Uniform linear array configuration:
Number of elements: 48
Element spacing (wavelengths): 0.5
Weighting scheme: exponential
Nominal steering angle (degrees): -45
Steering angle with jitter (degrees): -45.573
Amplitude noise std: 0.05
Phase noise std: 0.05

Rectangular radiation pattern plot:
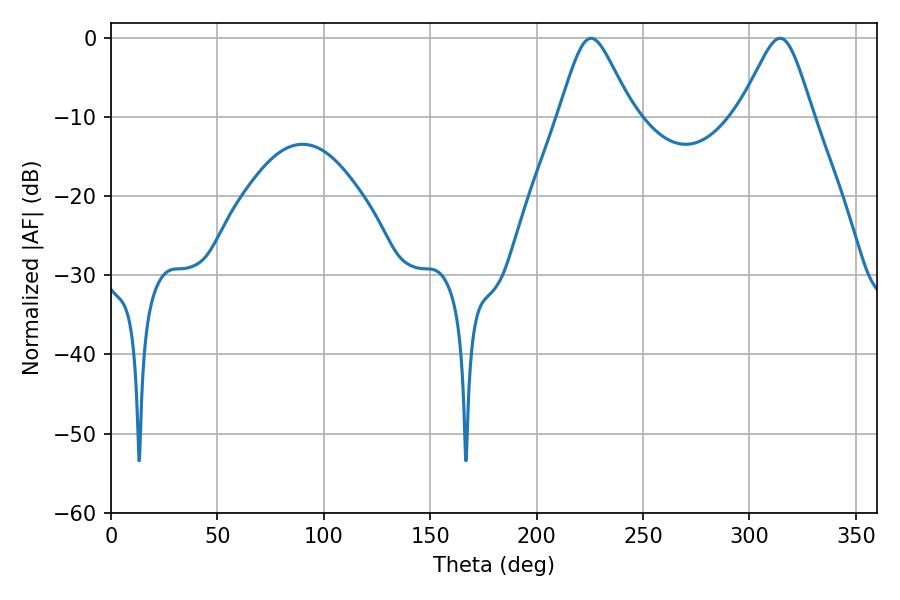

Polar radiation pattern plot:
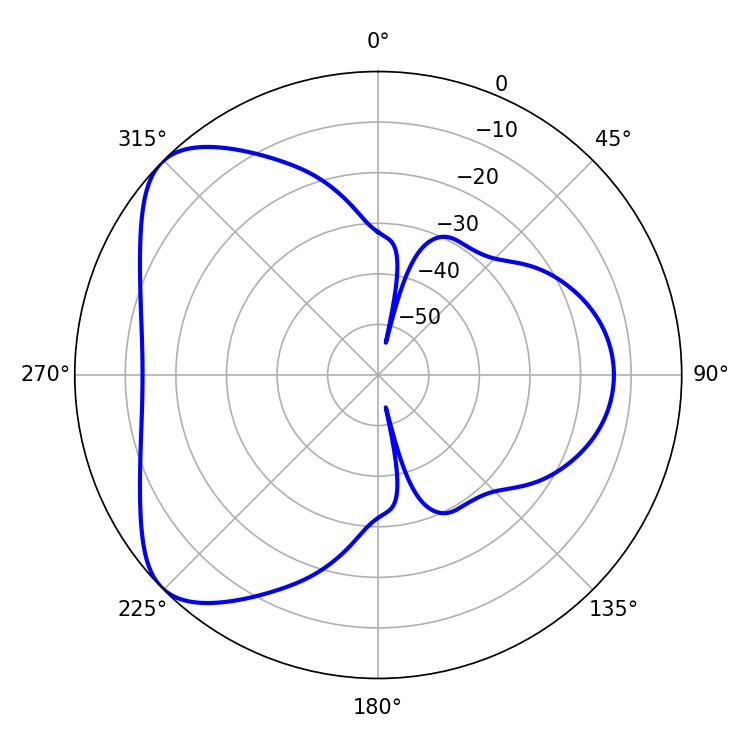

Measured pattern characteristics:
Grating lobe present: FALSE
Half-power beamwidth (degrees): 16.74
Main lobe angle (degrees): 225.54